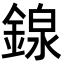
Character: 䤼